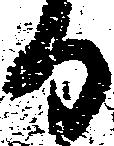
り